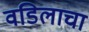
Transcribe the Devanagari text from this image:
वडिलाचा